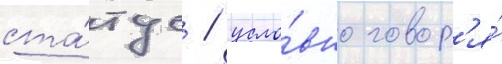
ста́тус / усло́вно говор'я́